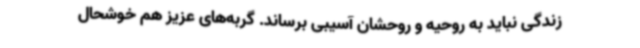
زندگی نباید به روحیه و روحشان آسیبی برساند. گربه‌های عزیز هم خوشحال